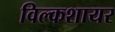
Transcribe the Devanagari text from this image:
विल्कशायर